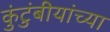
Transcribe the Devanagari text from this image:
कुंटुंबीयांच्या